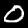
Digit: 0